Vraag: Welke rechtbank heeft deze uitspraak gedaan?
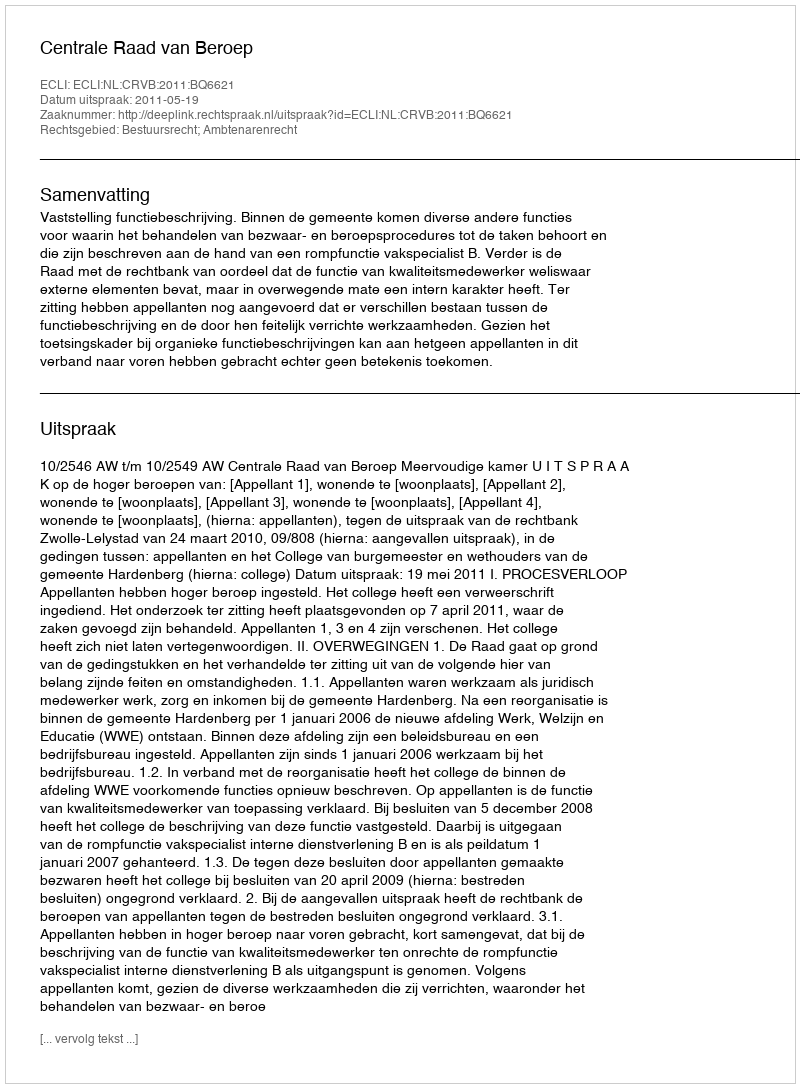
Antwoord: Centrale Raad van Beroep